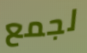
لجمع